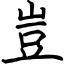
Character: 豈